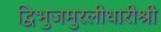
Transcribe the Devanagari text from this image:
द्विभुजमुरलीधारीश्री